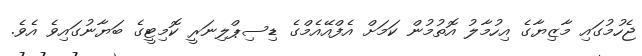
ޖެހުމުގައި މާޒިޔާގެ އިހުމާލު އޮތުމުން ކަމަށް އެފްއޭއެމްގެ ޑިސިޕްލިނަރީ ކޮމިޓީގެ ބަޔާނުގައިވެ އެވެ.